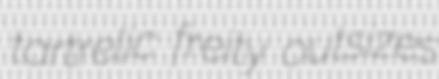
tartrelic freity outsizes